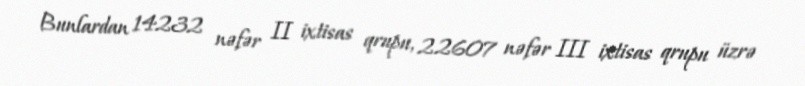
Bunlardan 14232 nəfər II ixtisas qrupu, 22607 nəfər III ixtisas qrupu üzrə